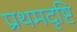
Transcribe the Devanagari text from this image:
प्रथमदृष्टि